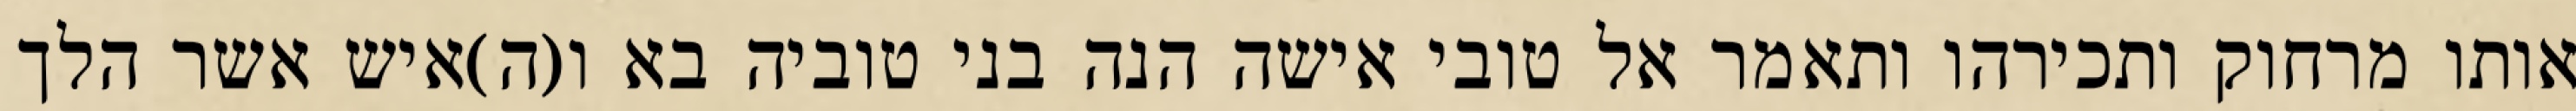
אותו מרחוק ותכירהו ותאמר אל טובי אישה הנה בני טוביה בא ו(ה)איש אשר הלך